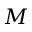
M